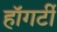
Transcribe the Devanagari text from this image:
हॉगर्टी